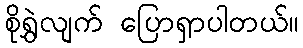
စိုရွှဲလျက် ပြောရှာပါတယ်။